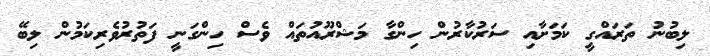
ލިބުނު ތަރައްގީ ކަމަށާއި ސަރުކާރުން ހިންގާ މަޝްރޫއުތައް ވެސް ހިންގަނީ ފަތުރުވެރިކަމުން ލިބޭ